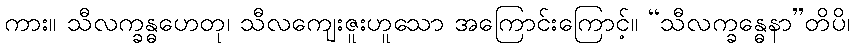
ကား။ သီလက္ခန္ဓဟေတု၊ သီလကျေးဇူးဟူသော အကြောင်းကြောင့်။ “သီလက္ခန္ဓေနာ”တိပိ၊